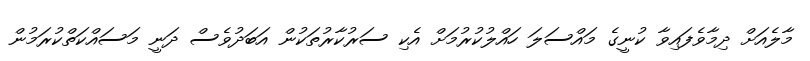
މާލެއަށް ދިމާވެފައިވާ ކުނީގެ މައްސަލަ ހައްލުކުރުމަށް އެކި ސަރުކާރުތަކުން އަބަދުވެސް ދަނީ މަސައްކަތްކުރަމުން